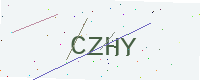
Text: CZHY